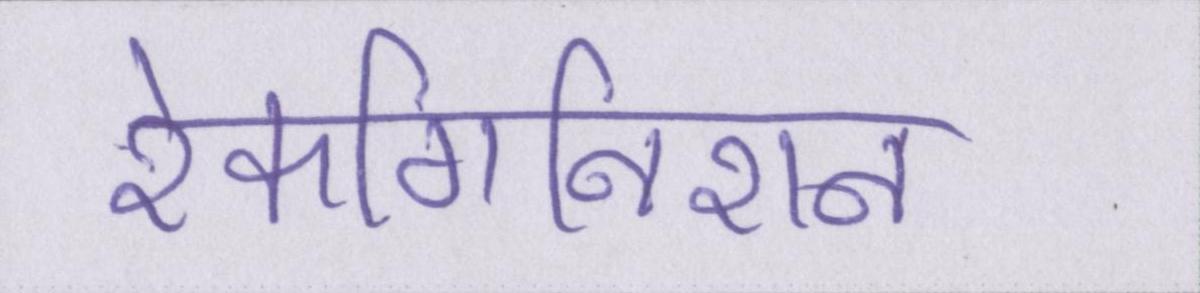
रेकगिनिशन